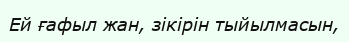
Ей ғафыл жан, зікірін тыйылмасын,